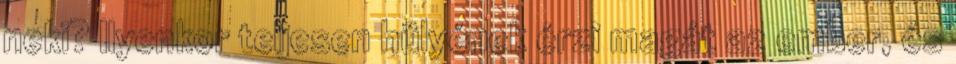
neki? Ilyenkor teljesen hülyének érzi magát az ember, és